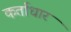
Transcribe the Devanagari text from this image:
कर्ताधार